Report of the Imperial Institute of Veterinary Research, Muktesar
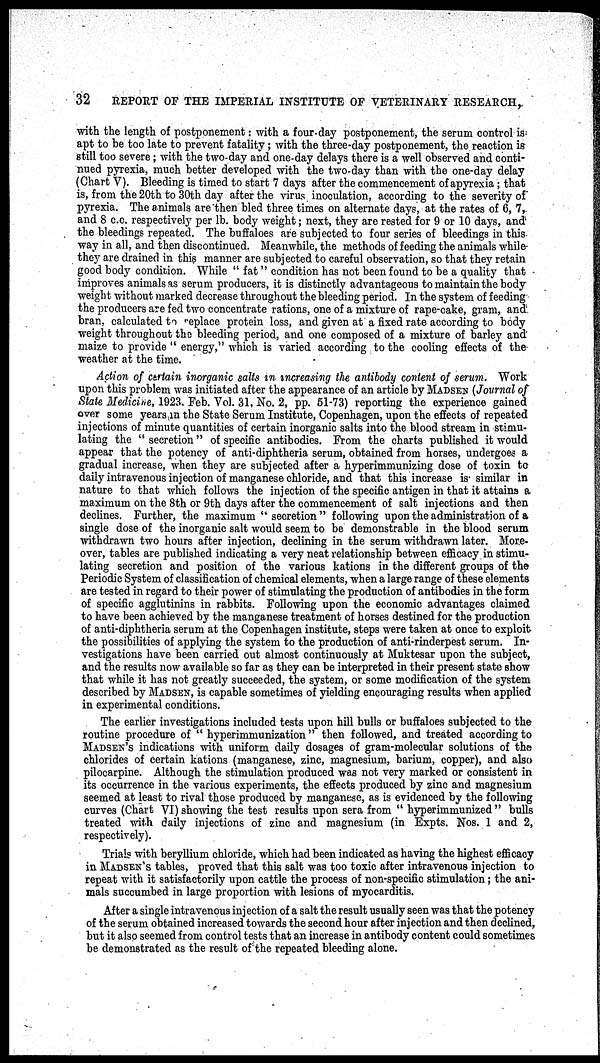
32
REPORT OF THE IMPERIAL INSTITUTE OF VETERINARY RESEARCH,.
with the length of postponement: with a four-day postponement, the serum control is
apt to be too late to prevent fatality; with the three-day postponement, the reaction is
still too severe; with the two-day and one-day delays there is a well observed and conti-
nued pyrexia, much better developed with the two-day than with the one-day delay
(Chart V). Bleeding is timed to start 7 days after the commencement of apyrexia; that
is, from the 20th to 30th day after the virus inoculation, according to the severity of
pyrexia. The animals are then bled three times on alternate days, at the rates of 6, 7,
and 8 c.c. respectively per lb. body weight; next, they are rested for 9 or 10 days, and
the bleedings repeated. The buffaloes are subjected to four series of bleedings in this
way in all, and then discontinued. Meanwhile, the methods of feeding the animals while
they are drained in this manner are subjected to careful observation, so that they retain
good body condition. While " fat" condition has not been found to be a quality that
improves animals as serum producers, it is distinctly advantageous to maintain the body
weight without marked decrease throughout the bleeding period. In the system of feeding
the producers are fed two concentrate rations, one of a mixture of rape-cake, gram, and
bran, calculated to replace protein loss, and given at a fixed rate according to body
weight throughout the bleeding period, and one composed of a mixture of barley and
maize to provide " energy," which is varied according to the cooling effects of the
weather at the time.
Action of certain inorganic salts in increasing the antibody content of serum. Work
upon this problem was initiated after the appearance of an article by MADSEN (Journal of
State Medicine, 1923. Feb. Vol. 31, No. 2, pp. 51-73) reporting the experience gained
over some years in the State Serum Institute, Copenhagen, upon the effects of repeated
injections of minute quantities of certain inorganic salts into the blood stream in stimu-
lating the " secretion" of specific antibodies. From the charts published it would
appear that the potency of anti-diphtheria serum, obtained from horses, undergoes a
gradual increase, when they are subjected after a hyperimmunizing dose of toxin to
daily intravenous injection of manganese chloride, and that this increase is similar in
nature to that which follows the injection of the specific antigen in that it attains a
maximum on the 8th or 9th days after the commencement of salt injections and then
declines. Further, the maximum " secretion " following upon the administration of a
single dose of the inorganic salt would seem to be demonstrable in the blood serum
withdrawn two hours after injection, declining in the serum withdrawn later. More-
over, tables are published indicating a very neat relationship between efficacy in stimu-
lating secretion and position of the various kations in the different groups of the
Periodic System of classification of chemical elements, when a large range of these elements
are tested in regard to their power of stimulating the production of antibodies in the form
of specific agglutinins in rabbits. Following upon the economic advantages claimed
to have been achieved by the manganese treatment of horses destined for the production
of anti-diphtheria serum at the Copenhagen institute, steps were taken at once to exploit
the possibilities of applying the system to the production of anti-rinderpest serum. In-
vestigations have been carried out almost continuously at Muktesar upon the subject,
and the results now available so far as they can be interpreted in their present state show
that while it has not greatly succeeded, the system, or some modification of the system
described by MADSEN, is capable sometimes of yielding encouraging results when applied
in experimental conditions.
The earlier investigations included tests upon hill bulls or buffaloes subjected to the
routine procedure of " hyperimmunization " then followed, and treated according to
MADSEN'S indications with uniform daily dosages of gram-molecular solutions of the
chlorides of certain kations (manganese, zinc, magnesium, barium, copper), and also
pilocarpine. Although the stimulation produced was not very marked or consistent in
its occurrence in the various experiments, the effects produced by zinc and magnesium
seemed at least to rival those produced by manganese, as is evidenced by the following
curves (Chart VI) showing the test results upon sera from " hyperimmunized " bulls
treated with daily injections of zinc and magnesium (in Expts. Nos. 1 and 2,
respectively).
Trials with beryllium chloride, which had been indicated as having the highest efficacy
in MADSEN'S tables, proved that this salt was too toxic after intravenous injection to
repeat with it satisfactorily upon cattle the process of non-specific stimulation; the ani-
mals succumbed in large proportion with lesions of myocarditis.
After a single intravenous injection of a salt the result usually seen was that the potency
of the serum obtained increased towards the second hour after injection and then declined,
but it also seemed from control tests that an increase in antibody content could sometimes
be demonstrated as the result of the repeated bleeding alone.